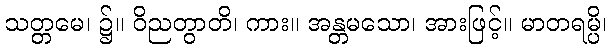
သတ္တမေ၊ ၌။ ဝိညတွာတိ၊ ကား။ အန္တမသော၊ အားဖြင့်။ မာတရမ္ပိ၊